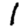
Digit: 1